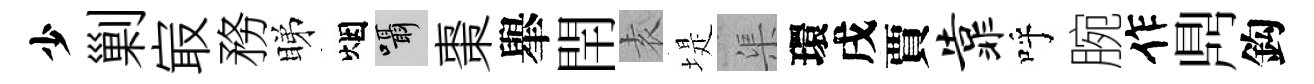
少剿㝡務睇烟囁棗𦦙閈𡊮堤渠環戌賈靠呼腕作𪔂鈎